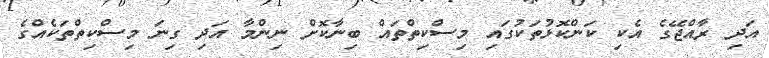
އަދި ރާއްޖޭގެ އެކި ކަންކޮޅުތަކުގައި މިސްކިތްތައް ބިނާކޮށް ނިންމާ އަދި ގިނަ މިސްކިތްތަކެއްގެ